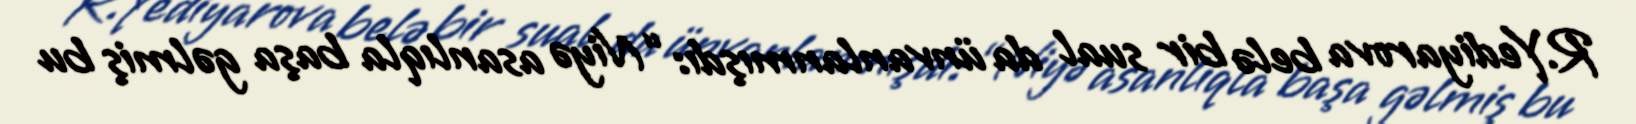
R.Yediyarova belə bir sual da ünvanlanmışdı: “Niyə asanlıqla başa gəlmiş bu